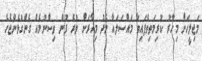
މަޖިލީހަށް މިހާރު ކުރިމަތިވެފައިވާ މައްސަލައާ މެދު މިހާރަށް ވުރެ ފުން ވިސްނުމެއް ގެންގުޅެންޖެހެ